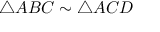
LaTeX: \triangle A B C \sim \triangle A C D